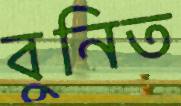
বুনিত